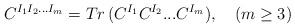
\begin{align*}C^{I_1 I_2 ...I_m} = Tr \, (C^{I_1} C^{I_2}...C^{I_m}), \quad (m \geq 3)\end{align*}